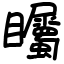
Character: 矚